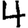
Digit: 4